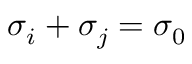
\sigma _ { i } + \sigma _ { j } = \sigma _ { 0 }